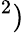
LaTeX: ^2)